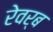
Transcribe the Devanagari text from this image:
रेवर्ब